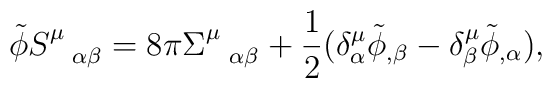
\tilde \phi S^{\mu}_{\hspace{.3 true cm} \alpha \beta} = 8\pi\Sigma^{\mu}_{\hspace{.3 true cm}\alpha \beta} + \frac{1}{2}(\delta^{\mu}_{\alpha}\tilde \phi_{, \beta} - \delta^{\mu}_{\beta}\tilde \phi_{,\alpha}),